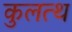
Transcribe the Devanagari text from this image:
कुलत्थ